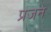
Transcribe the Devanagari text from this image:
प्रजन